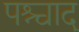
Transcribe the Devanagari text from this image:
पश्चाद्